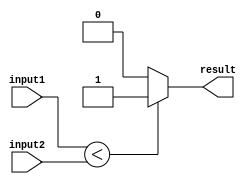
module less_than_comparator (
    input [31:0] input1,
    input [31:0] input2,
    output reg result
);

reg carry;
reg borrow;

always @* begin
    borrow = 0;
    if (input1 < input2) begin
        result = 1;
    end else begin
        result = 0;
    end
end

endmodule